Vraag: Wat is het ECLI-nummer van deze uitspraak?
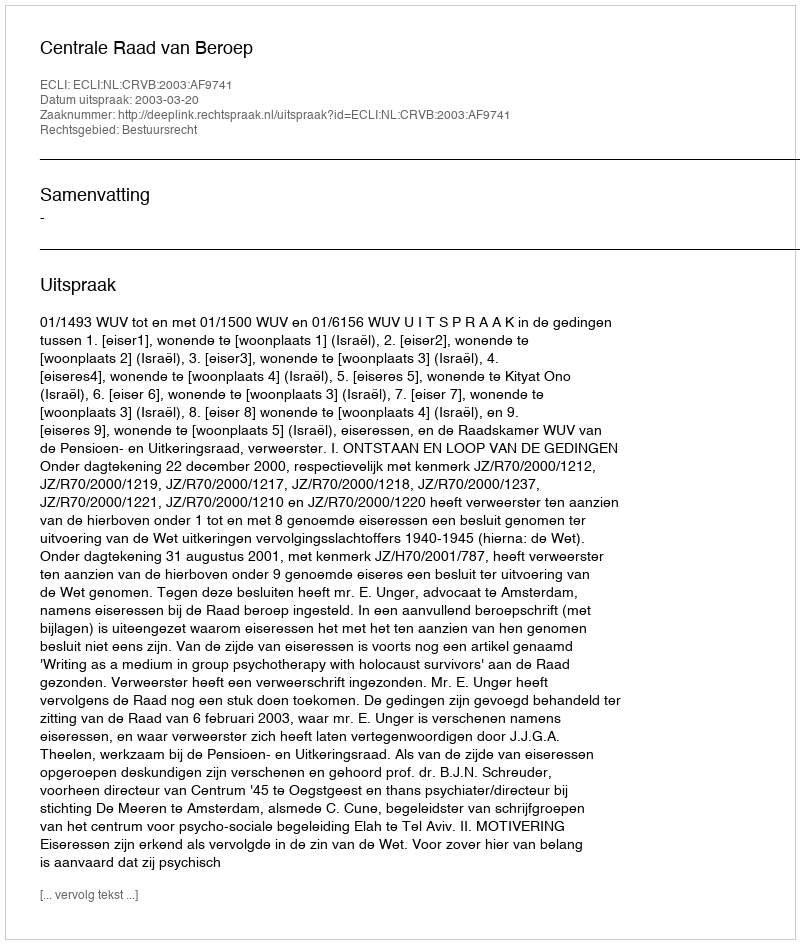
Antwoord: ECLI:NL:CRVB:2003:AF9741